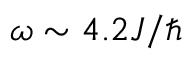
\omega \sim 4 . 2 J / \hbar